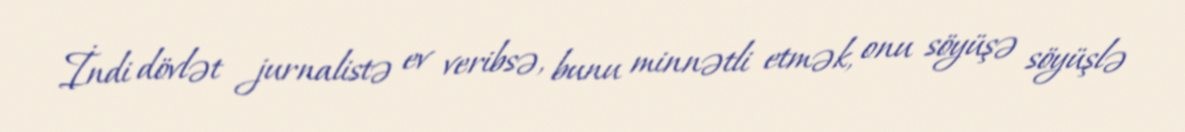
İndi dövlət jurnalistə ev veribsə, bunu minnətli etmək, onu söyüşə söyüşlə